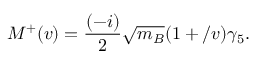
M ^ { + } ( v ) = \frac { ( - i ) } { 2 } \sqrt { m _ { B } } ( 1 + \slash { v } ) \gamma _ { 5 } .